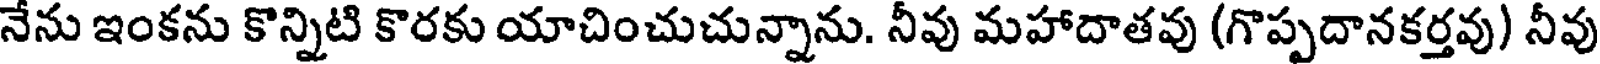
నేను ఇంకను కొన్నిటి కొరకు యాచించుచున్నాను. నీవు మహాదాతవు (గొప్పదానకర్తవు) నీవు